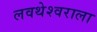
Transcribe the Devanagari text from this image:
लवथेश्वराला